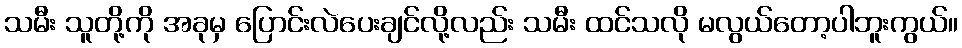
သမီး သူတို့ကို အခုမှ ပြောင်းလဲပေးချင်လို့လည်း သမီး ထင်သလို မလွယ်တော့ပါဘူးကွယ်။